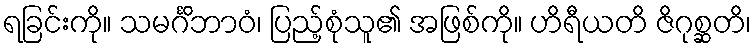
ရခြင်းကို။ သမင်္ဂိဘာဝံ၊ ပြည့်စုံသူ၏ အဖြစ်ကို။ ဟိရီယတိ ဇိဂုစ္ဆတိ၊